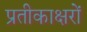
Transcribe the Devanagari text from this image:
प्रतीकाक्षरों